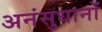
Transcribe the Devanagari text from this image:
अनंसुधानों